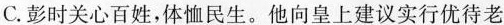
C.彭时关心百姓，体恤民生。他向皇上建议实行优待老